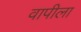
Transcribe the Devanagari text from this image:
वापीला